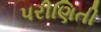
પરીણિતી